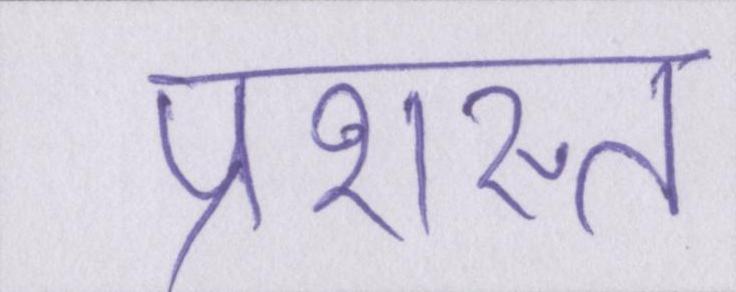
प्रशस्त